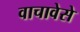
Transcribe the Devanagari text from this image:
वाचावेसे